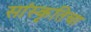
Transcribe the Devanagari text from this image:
सांस्कृतिचा